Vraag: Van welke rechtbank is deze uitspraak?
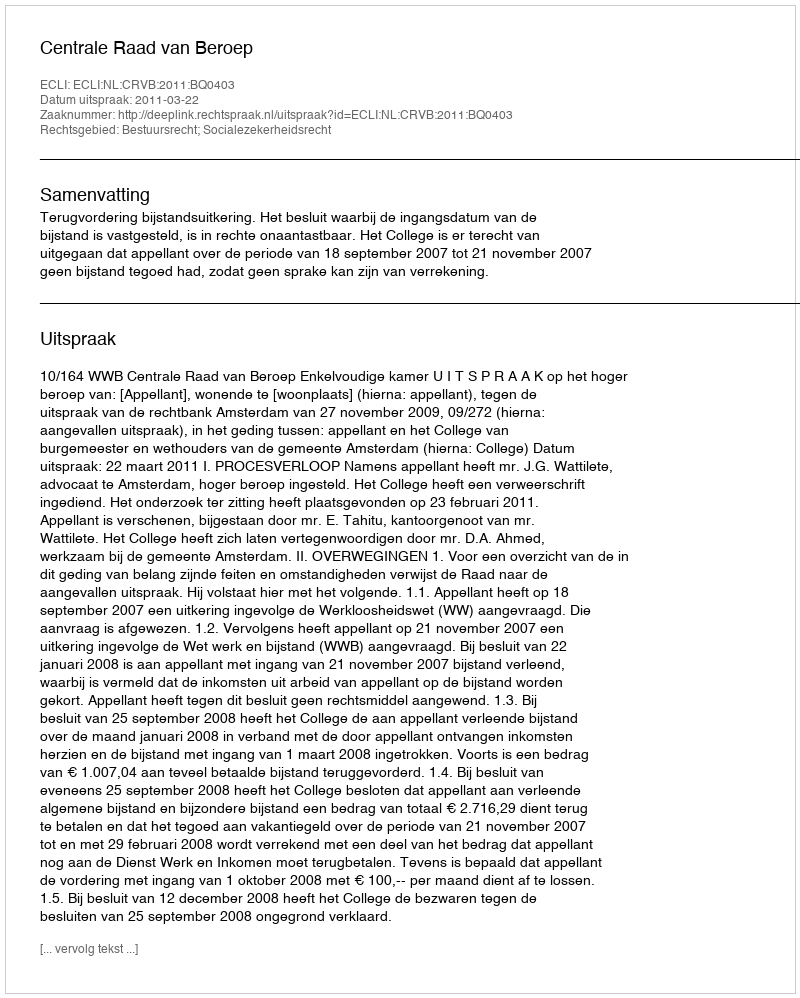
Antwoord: Centrale Raad van Beroep